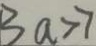
B a > 7